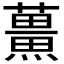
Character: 𮒡